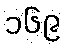
၁၆၉